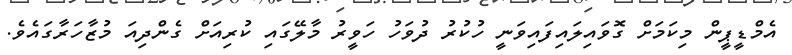
އެމްޑީޕީން މިކަމަށް ގޮވައިލައިފައިވަނީ ހުކުރު ދުވަހު ހަވީރު މާލޭގައި ކުރިއަށް ގެންދިއަ މުޒާހަރާގައެވެ.